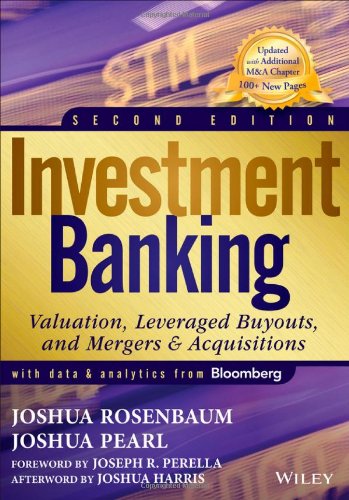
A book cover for Investment Banking: Valuation, Leveraged Buyouts, and Mergers & Acquisitions; Joshua Rosenbaum; Business & Money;